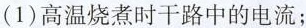
(1)高温烧煮时干路中的电流；